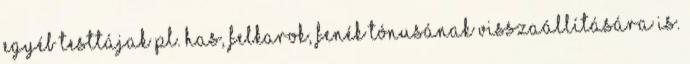
egyéb testtájak pl. has, felkarok, fenék tónusának visszaállítására is.